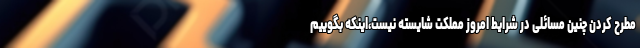
مطرح کردن چنین مسائلی در شرایط امروز مملکت شایسته نیست،اینکه بگوییم